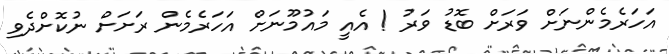
އަހަރެމެންނަށް ވަރަށް ބޮޑު ވަރު ! އެއީ މައުމޫނަށް އަހަރެމެން ރަށަށް ނުކޮށްދެވި